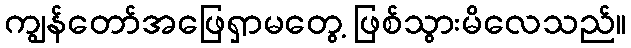
ကျွန်တော်အဖြေရှာမတွေ့ ဖြစ်သွားမိလေသည်။